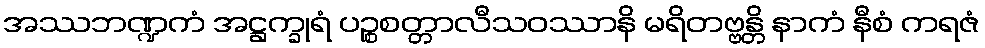
အဿဘဏ္ဍကံ အဋ္ဌက္ခုရံ ပဉ္စစတ္တာလီသဝဿာနိ မရိတဗ္ဗန္တိ နာကံ နီစံ ကရဇံ